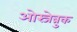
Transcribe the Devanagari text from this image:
ओस्जेब्रुक